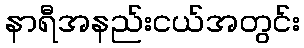
နာရီအနည်းငယ်အတွင်း